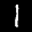
Label: 1